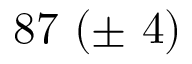
8 7 \ ( \pm \ 4 )